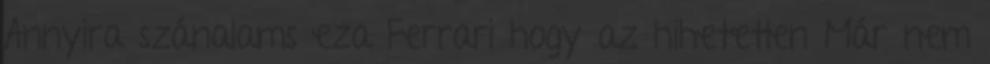
Annyira szánalams eza Ferrari hogy az hihetetlen Már nem